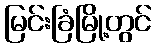
မြင်းခြံမြို့တွင်